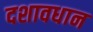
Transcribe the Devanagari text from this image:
दशावधान